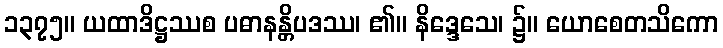
၁၃၇၅။ ယထာဒိဋ္ဌဿစ ပဓာနန္တိပဒဿ၊ ၏။ နိဒ္ဒေသေ၊ ၌။ ယောစေတသိကော